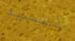
للسيد